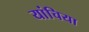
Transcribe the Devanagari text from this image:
यांचिया